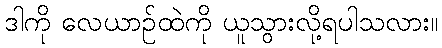
ဒါကို လေယာဉ်ထဲကို ယူသွားလို့ရပါသလား။